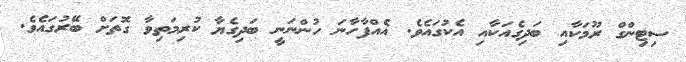
ސިޓިންގް ރޫމަކާއި ބަދިގެއަކާއި އެކުގައެވެ. އެއްފާހާނަ ހުންނަނީ ބަދިގެޔާ ކުރިމަތިވާ ގޮތަށް ބޭރުގައެވެ.